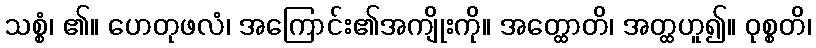
သစ္စံ၊ ၏။ ဟေတုဖလံ၊ အကြောင်း၏အကျိုးကို။ အတ္ထောတိ၊ အတ္ထဟူ၍။ ဝုစ္စတိ၊